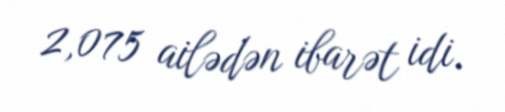
2,075 ailədən ibarət idi.